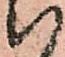
い